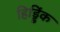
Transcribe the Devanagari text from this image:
हिड्डिंक